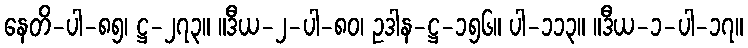
နေတိ-ပါ-၈၅၊ ဋ္ဌ-၂၇၃။ ။ဒီယ-၂-ပါ-၈၀၊ ဥဒါန-ဋ္ဌ-၁၅၆။ ပါ-၁၁၃။ ။ဒီယ-၁-ပါ-၁၇။